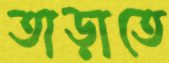
তাড়াতে